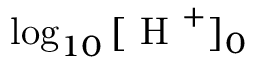
\log _ { 1 0 } { [ \textrm { H } ^ { + } ] _ { 0 } }